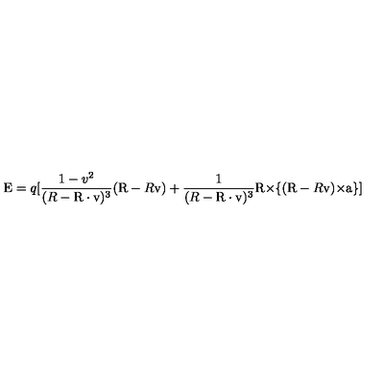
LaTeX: \mathrm { \boldmath E } = q [ \frac { 1 - v ^ { 2 } } { ( R - \mathrm { \boldmath R \cdot v } ) ^ { 3 } } ( \mathrm { \boldmath R } - R \mathrm { \boldmath v } ) + \frac { 1 } { ( R - \mathrm { \boldmath R \cdot v } ) ^ { 3 } } \mathrm { \boldmath R \times } \{ ( \mathrm { \boldmath R } - R \mathrm { \boldmath v } ) \mathrm { \boldmath \times a } \} ]